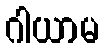
ဂါယာမ